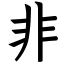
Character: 非